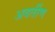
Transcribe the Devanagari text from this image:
अवर्तीण